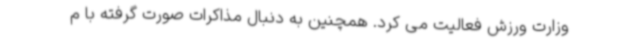
وزارت ورزش فعالیت می کرد. همچنین به دنبال مذاکرات صورت گرفته با م